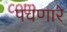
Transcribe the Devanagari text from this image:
पचणारे